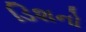
ડિશનો